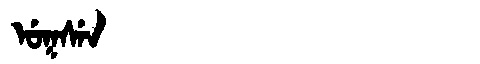
Manchu: ᡠᡴᠰᡝᠨ
Romanization: UKSEN